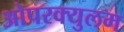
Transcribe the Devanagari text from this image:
ओपरक्युलम